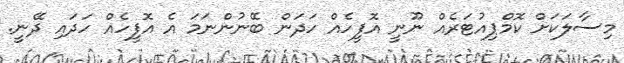
މިސާލަކަށް ކޮމްޕިއުޓަރެއް ނޫނީ އޮފީހެއް ހަދަން ބޭނުންނަމަ އެ އޮފީހެއް ހަދައި ދޭނީ.